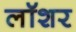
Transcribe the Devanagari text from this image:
लॉशर